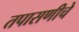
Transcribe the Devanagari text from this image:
तपासणीचे